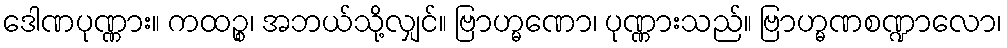
ဒေါဏပုဏ္ဏား။ ကထဉ္စ၊ အဘယ်သို့လျှင်။ ဗြာဟ္မဏော၊ ပုဏ္ဏားသည်။ ဗြာဟ္မဏစဏ္ဍာလော၊